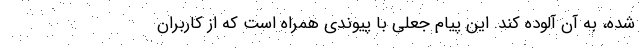
شده، به آن آلوده کند. این پیام جعلی با پیوندی همراه است که از کاربران